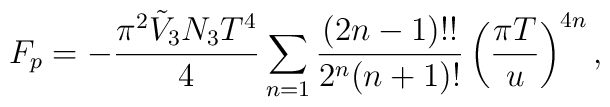
F_p=-\frac{\pi^2 \tilde{V}_3N_3T^4}{4} \sum_{n=1}\frac{(2n-1)!!}{2^n(n+1)!} \left(\frac{\pi T}{u}\right)^{4n},